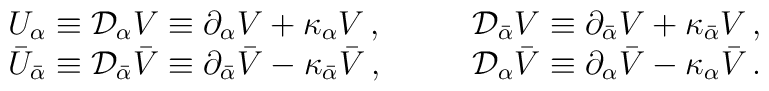
\begin{array}{ll}U_\alpha\equiv {\cal D}_{\alpha} V\equiv\partial_{\alpha} V+\kappa_{\alpha} V\,, \qquad&{\cal D}_{\bar \alpha}V\equiv\partial_{\bar\alpha} V+\kappa_{\bar\alpha} V\,,\\\bar U_{\bar \alpha}\equiv {\cal D}_{\bar\alpha}\bar V\equiv\partial_{\bar\alpha}\bar V-\kappa_{\bar\alpha}\bar V\,,\qquad&{\cal D}_{\alpha}\bar V\equiv\partial_{\alpha}\bar V-\kappa_{\alpha}\bar V \,.\end{array}